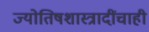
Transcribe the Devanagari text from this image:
ज्योतिषशास्त्रादींचाही